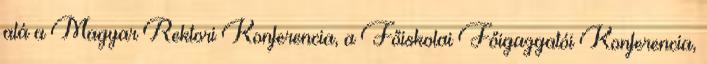
alá a Magyar Rektori Konferencia, a Főiskolai Főigazgatói Konferencia,